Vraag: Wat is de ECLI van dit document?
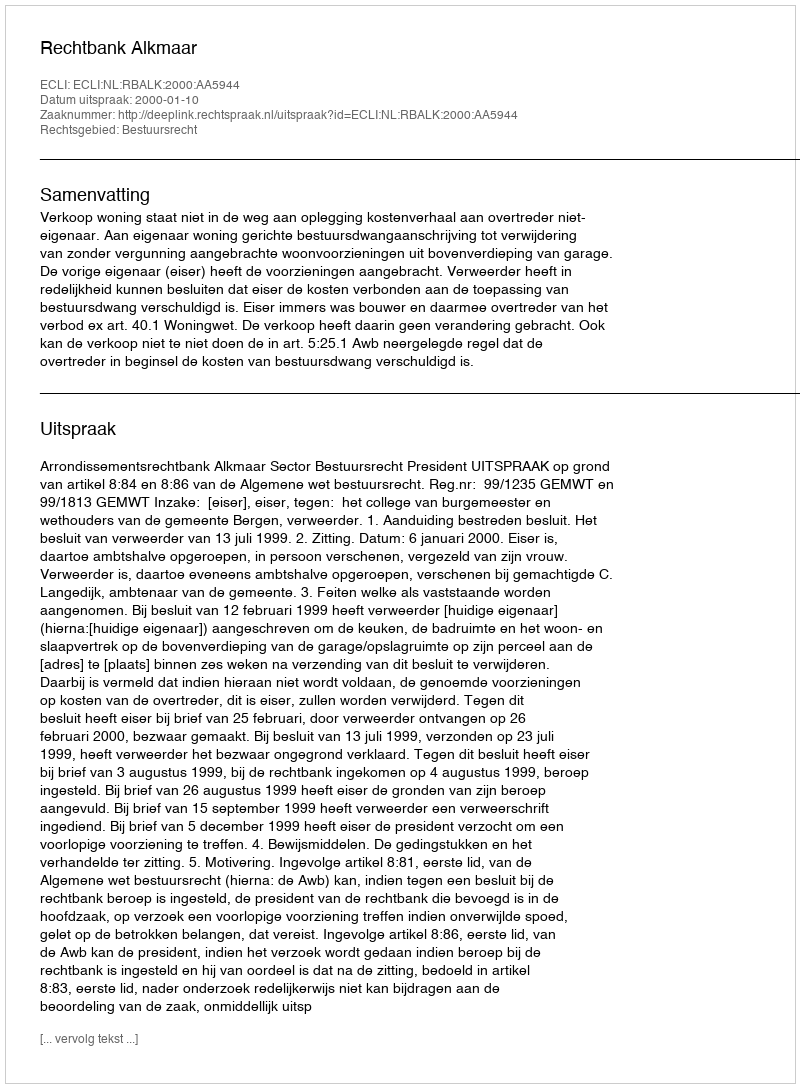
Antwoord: ECLI:NL:RBALK:2000:AA5944